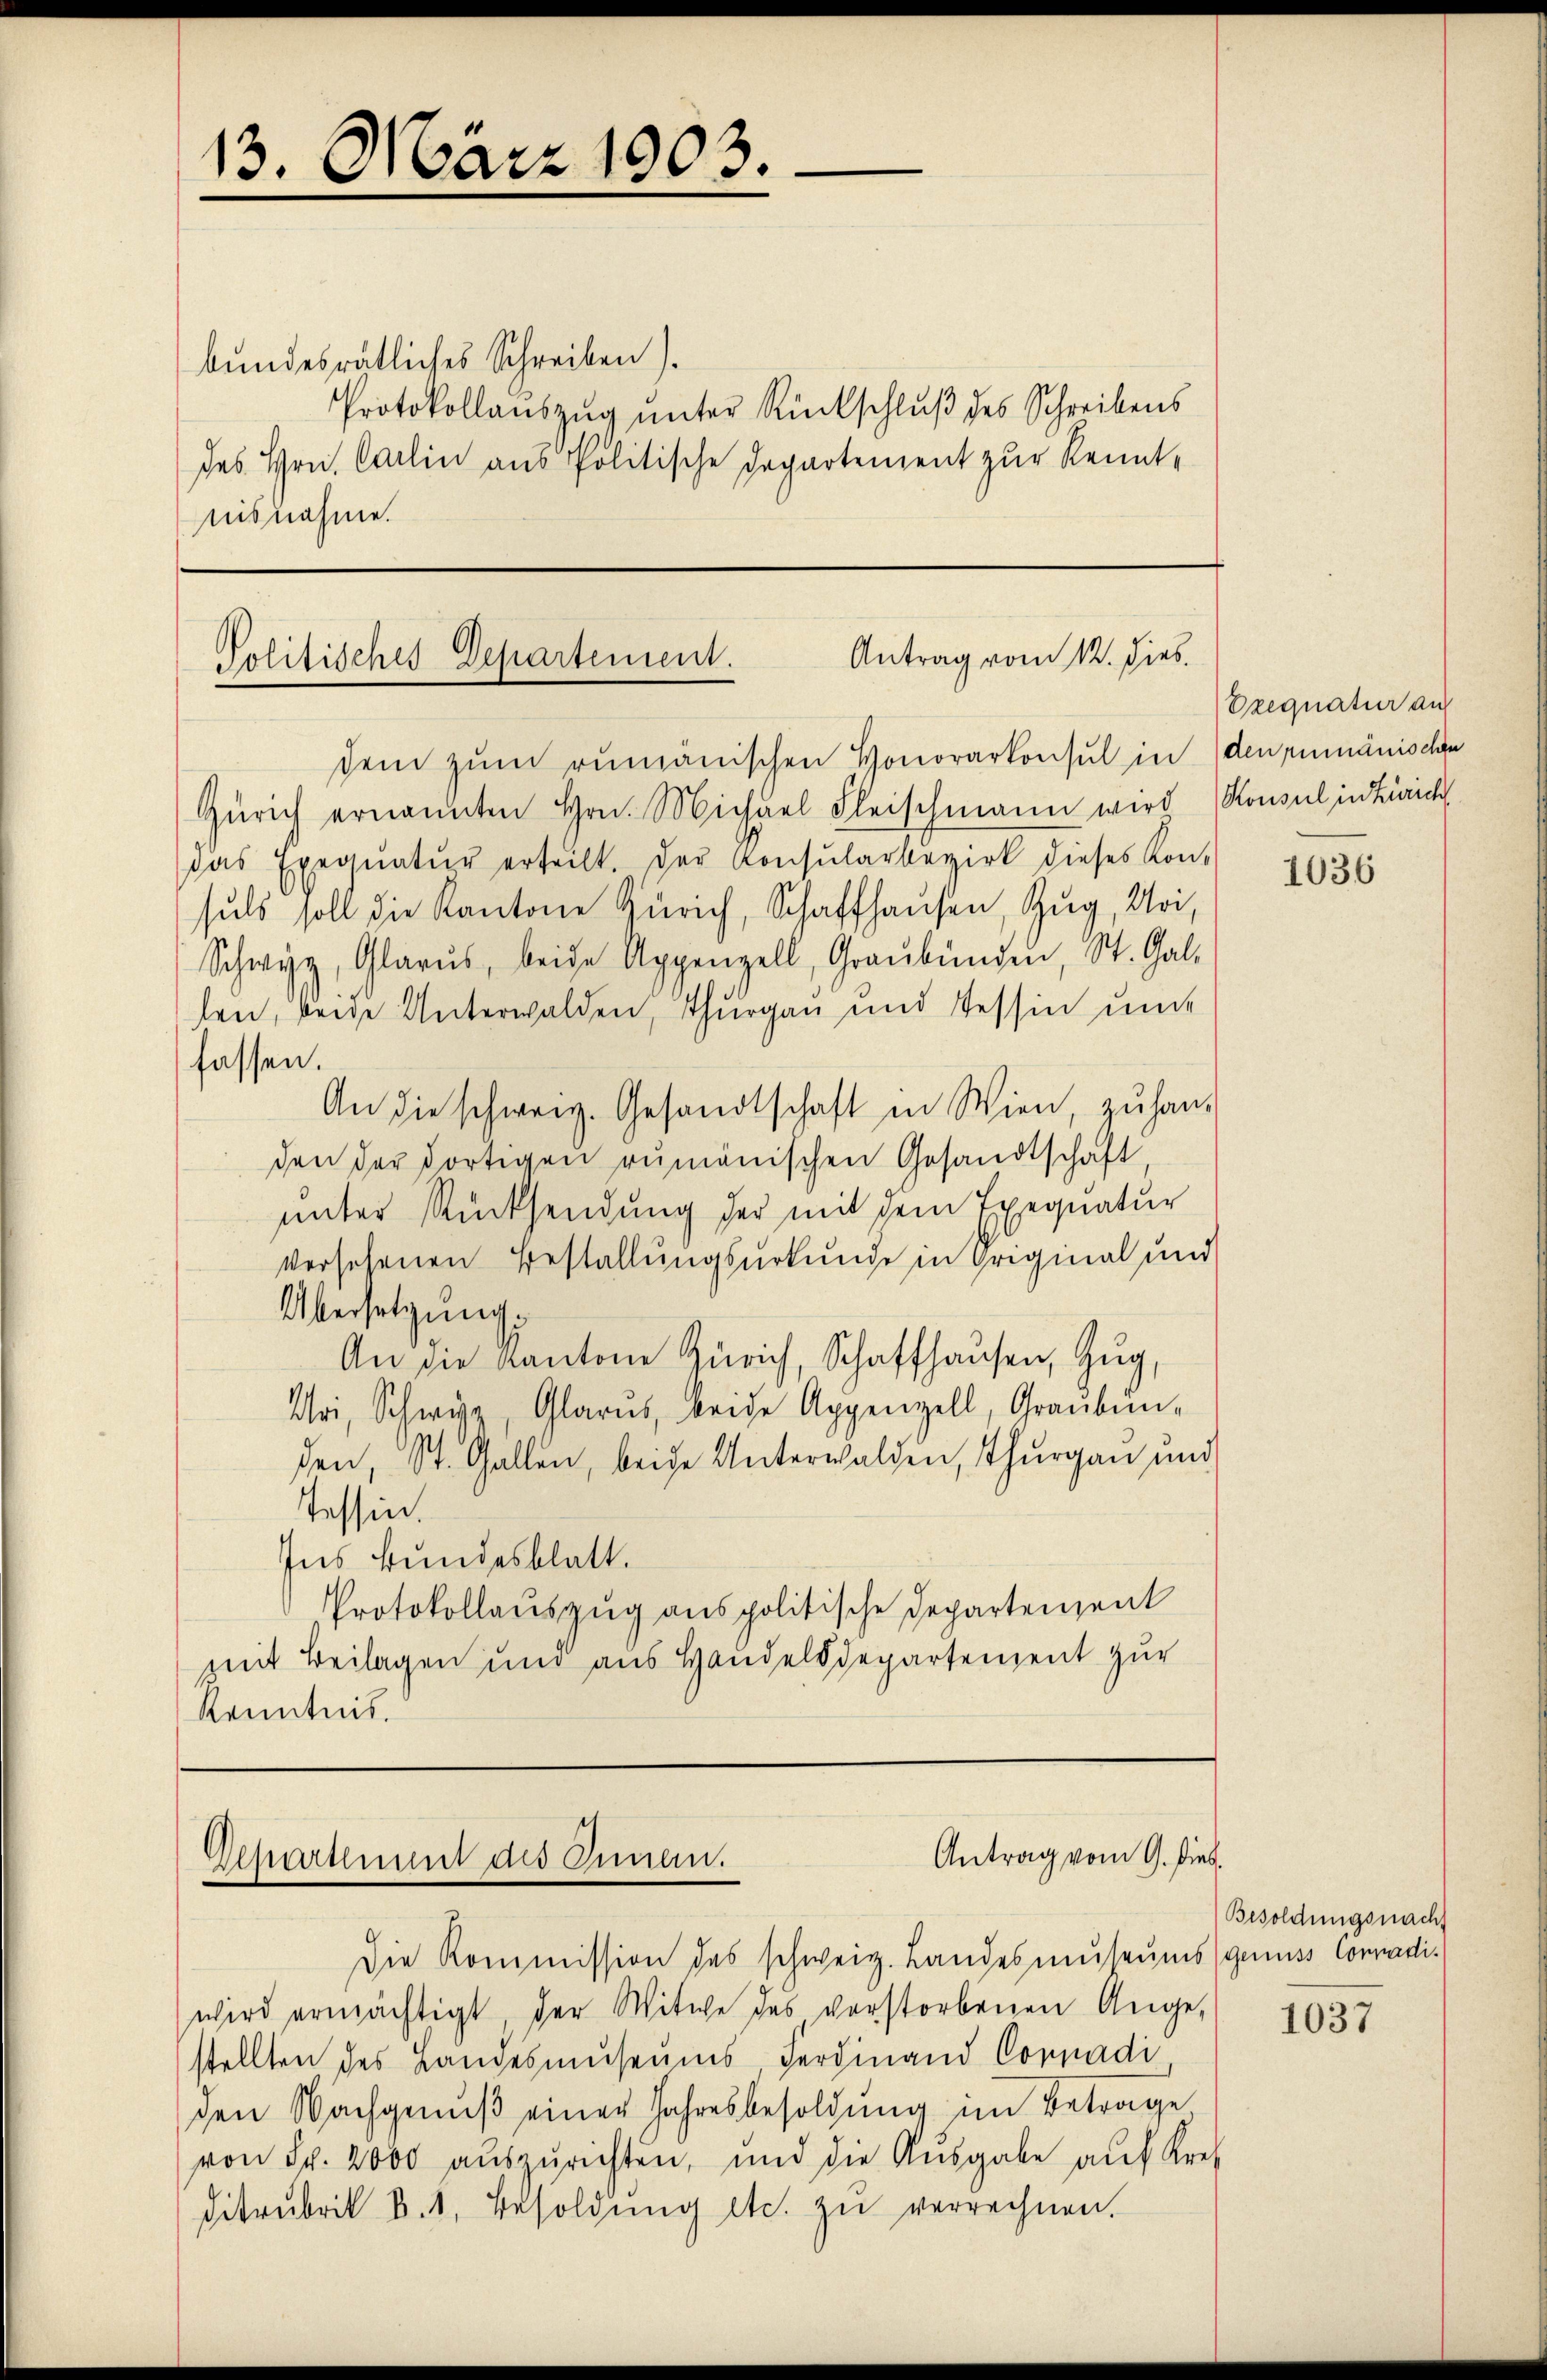
13. März 1903.

bundesrätliches Schreiben)
Protokollauszug unter Rückschluß des Schreibens
des Hrn. Carlin aus Politische Departement zur Kenntnisnahme.

Antrag vom 12. dies.
Politisches Departement.
dem zŭm rumänischen Honorarkonsul in den rumänische

Zürich ernannten Hrn. Michael Fleischmann wird Ronsul in Zürich
das Exequatur erteilt. Der Konsŭlarbezirk dieses Kon-
suls soll die Kantone Zürich, Schaffhausen, Zug, Uri,
Schwyz, Glarus, beide Appenzell, Graubünden, St. Gal-
len, beide Unterwalden, Thurgau und Tessin und
fassen.
An die schweiz. Gesandtschaft in Wien, zu han-
den der dortigen rumänischen Gesandtschaft,
unter Rücksendung der mit dem Exequatur
versehenen Bestallungsurkunde in Original und
Übersetzung.
An die Kantone Zürich, Schaffhausen, Zug,
Uri, Schwyz, Glarus, beide Appenzell, Graubun-
den, St. Gallen, beide Unterwalden, Thurgau und
Tessin.
Ins Bundesblatt.
Protokollauszug aus politische Departement
mit Beilagen und aus Handelsdepartement zur
Kenntnis.

Antrag vom 9. Dies
Departement des Innen.

Die Kommission des schweiz. Landesmuseums genuss Conradi-
wird ermächtigt, der Witwe des verstorbenen Angestellten des Landesmuseums Ferdinand Corpadi
den Nachgenuß einer Jahresbesoldung im Betrage
von Fr. 2000 auszurichten, und die Ausgabe auf Krei
Ditrubrik d. 1. Besoldŭng etc. zŭ verrechnen.

Exequatur auf

1036

Besoldungsnach

1037